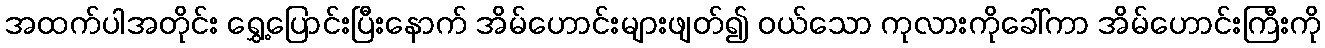
အထက်ပါအတိုင်း ရွှေ့ပြောင်းပြီးနောက် အိမ်ဟောင်းများဖျတ်၍ ဝယ်သော ကုလားကိုခေါ်ကာ အိမ်ဟောင်းကြီးကို